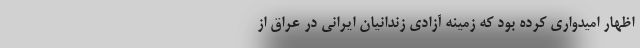
اظهار امیدواری کرده بود که زمینه آزادی زندانیان ایرانی در عراق از